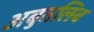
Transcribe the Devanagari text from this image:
अबुतलिब